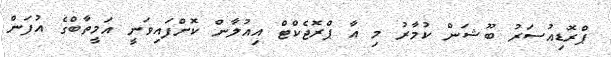
ޕްރޮޑިއުސަރު ބޫޝަން ކުމާރު މި އާ ޕްރޮޖެކްޓް އިއުލާން ކޮށްފައިވަނީ އަމީތާބްގެ އުފަން